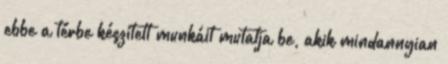
ebbe a térbe készített munkáit mutatja be, akik mindannyian